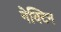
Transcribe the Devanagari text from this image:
नेक्टिन